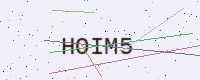
Text: HOIM5